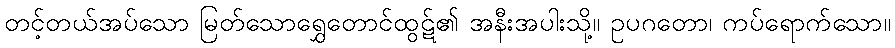
တင့်တယ်အပ်သော မြတ်သောရွှေတောင်ထွဋ်၏ အနီးအပါးသို့။ ဥပဂတော၊ ကပ်ရောက်သော။